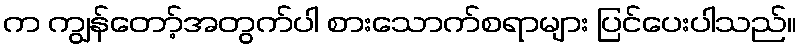
က ကျွန်တော့်အတွက်ပါ စားသောက်စရာများ ပြင်ပေးပါသည်။